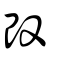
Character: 段